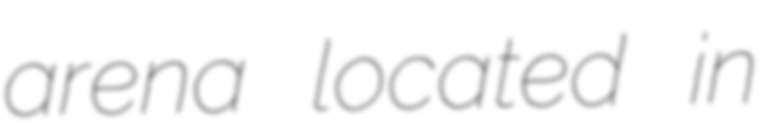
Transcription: arena located in